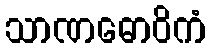
သာဏဓောဝိကံ